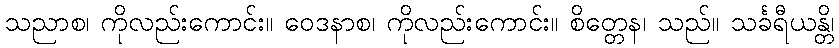
သညာစ၊ ကိုလည်းကောင်း။ ဝေဒနာစ၊ ကိုလည်းကောင်း။ စိတ္တေန၊ သည်။ သင်္ခရီယန္တိ၊